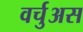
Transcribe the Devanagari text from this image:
वर्चुअस